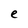
Character: e